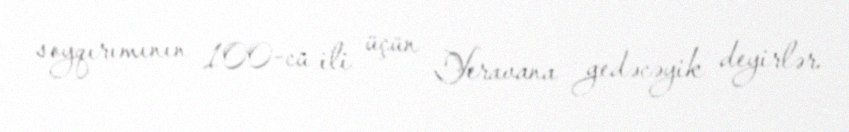
soyqırımının 100-cü ili üçün Yeravana gedəcəyik deyirlər.